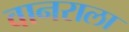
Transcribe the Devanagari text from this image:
वानराला